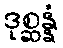
ဒုစ္ဆန္နံ